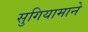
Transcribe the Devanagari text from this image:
सुगियामाने